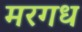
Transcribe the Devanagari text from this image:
मरगध